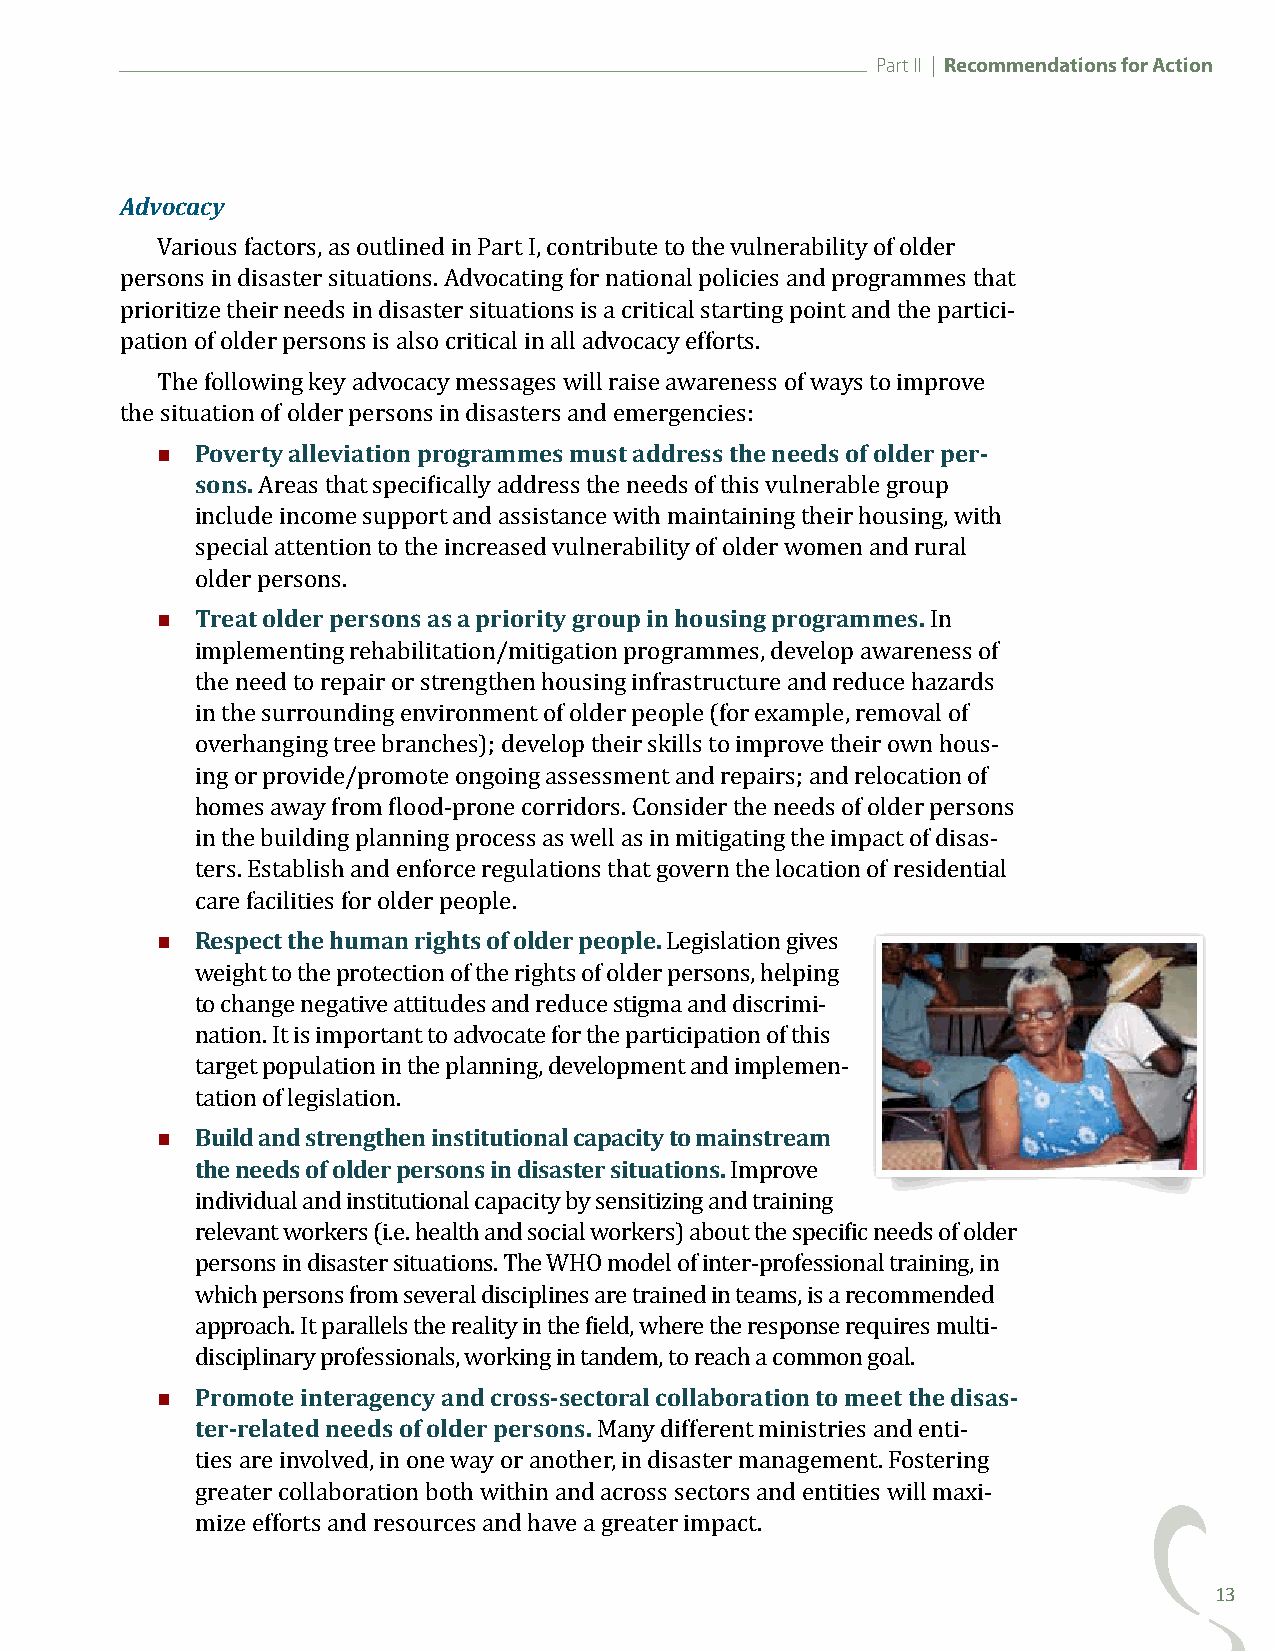
Part II | Recommendations for Action
 Advocacy
 Various factors, as outlined in Part I, contribute to the vulnerability of older
 persons in disaster situations. Advocating for national policies and programmes that
 prioritize their needs in disaster situations is a critical starting point and the partici-
 pation of older persons is also critical in all advocacy efforts.
 The following key advocacy messages will raise awareness of ways to improve
   Poverty alleviation programmes must address the needs of older per-
 the situation of older persons in disasters and emergencies:
 sons.
 Areas that specifically address the needs of this vulnerable group
 include income support and assistance with maintaining their housing, with
 special attention to the increased vulnerability of older women and rural
   Treat older persons as a priority group in housing programmes.
 older persons.
 In
 implementing rehabilitation/mitigation programmes, develop awareness of
 the need to repair or strengthen housing infrastructure and reduce hazards
 in the surrounding environment of older people (for example, removal of
 overhanging tree branches); develop their skills to improve their own hous-
 ing or provide/promote ongoing assessment and repairs; and relocation of
 homes away from flood-prone corridors. Consider the needs of older persons
 in the building planning process as well as in mitigating the impact of disas-
 ters. Establish and enforce regulations that govern the location of residential
   Respect the human rights of older people.
 care facilities for older people.
 Legislation gives
 weight to the protection of the rights of older persons, helping
 to change negative attitudes and reduce stigma and discrimi-
 nation. It is important to advocate for the participation of this
 target population in the planning, development and implemen-
   Build and strengthen institutional capacity to mainstream
 tation of legislation.
 the needs of older persons in disaster situations.
 Improve
 individual and institutional capacity by sensitizing and training
 relevant workers (i.e. health and social workers) about the specific needs of older
 persons in disaster situations. The WHO model of inter-professional training, in
 which persons from several disciplines are trained in teams, is a recommended
 approach. It parallels the reality in the field, where the response requires multi-
   Promote interagency and cross-sectoral collaboration to meet the disas-
 disciplinary professionals, working in tandem, to reach a common goal.
 ter-related needs of older persons.
 Many different ministries and enti-
 ties are involved, in one way or another, in disaster management. Fostering
 greater collaboration both within and across sectors and entities will maxi-
 mize efforts and resources and have a greater impact.
 13